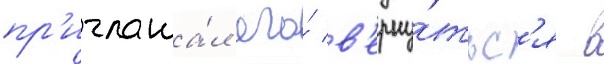
пр'иглаша́л его́ в'ерну́тьс'я в